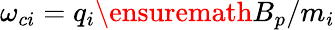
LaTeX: \omega_{ci}=q_{i}\ensuremath{B_{p}}/m_{i}